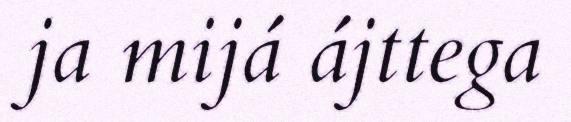
ja mijá ájttega